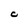
Character: C